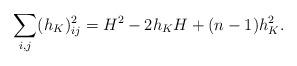
LaTeX: \begin{align*}\sum_{i,j} (h_K)_{ij}^2=H^2-2h_KH+(n-1)h_K^2.\end{align*}